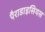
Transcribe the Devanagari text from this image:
पैराडाइसियस